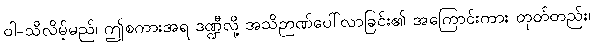
ဝါ-သိလိမ့်မည်၊ ဤစကားအရ ဒဏ္ဍီလို့ အသိဉာဏ်ပေါ်လာခြင်း၏ အကြောင်းကား တုတ်တည်း၊